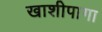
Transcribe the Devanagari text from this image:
खाशीपागा